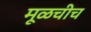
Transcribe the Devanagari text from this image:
मूळचीच